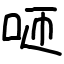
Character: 咂